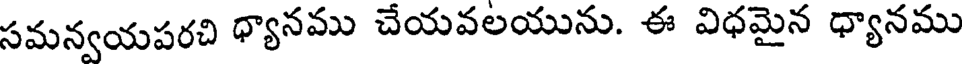
సమన్వయపరచి ధ్యానము చేయవలయును. ఈ విధమైన ధ్యానము